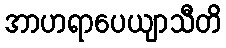
အာဟရာပေယျာသီတိ